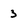
Character: 3